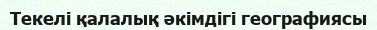
Текелі қалалық әкімдігі географиясы